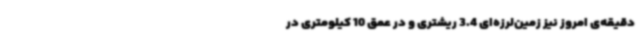
دقیقه‌ی امروز نیز زمین‌لرزه‌ای 3.4 ریشتری و در عمق 10 کیلومتری در